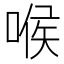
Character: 喉